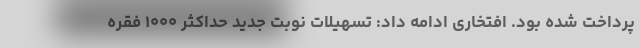
پرداخت شده بود. افتخاری ادامه داد: تسهیلات نوبت جدید حداکثر ۱۰۰۰ فقره